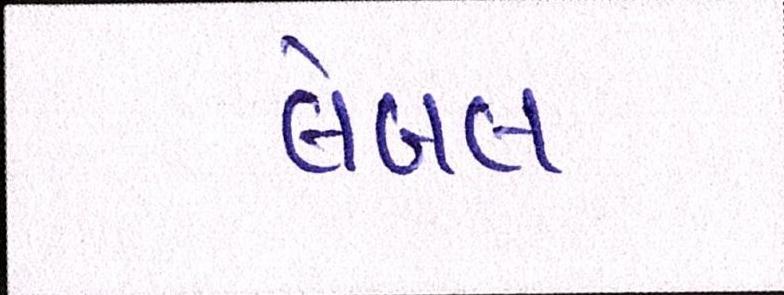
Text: લેબલ